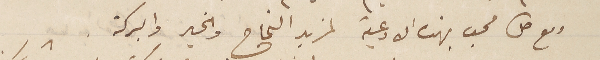
ومع كل محب بهذه الادعية لمزيد النجاح والخير والبركة .